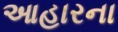
આહારના